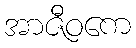
အာဇီဝကေ